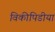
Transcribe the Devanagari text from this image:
विकीपिडीया